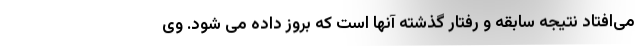
می‌افتاد نتیجه سابقه و رفتار گذشته آنها است که بروز داده می شود. وی